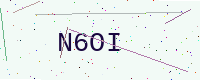
Text: N6OI